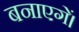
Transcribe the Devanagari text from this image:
बनाएगें।